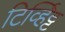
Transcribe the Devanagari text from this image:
टिर्व्हिट्ट